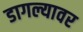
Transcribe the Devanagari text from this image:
डागल्यावर